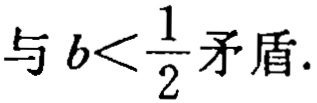
与\(b<\frac{1}{2}\)矛盾.